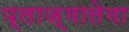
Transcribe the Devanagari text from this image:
प्लाज़्मालेमा